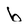
Character: b